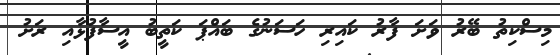
މިސްކިތު ބޭރު ވަށަ ފާރު ކައިރި ހަސަނުގެ ބައްޕަ ކަތީބު އީސާފުޅާއި ރަށު